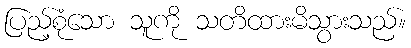
ပြည့်စုံသော သူကို သတိထားမိသွားသည်။